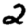
Digit: 2